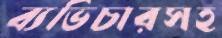
ব্যভিচারসহ